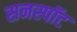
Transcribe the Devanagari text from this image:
सनस्पॉट